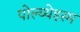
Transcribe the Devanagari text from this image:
पोल्य्थेइस्म